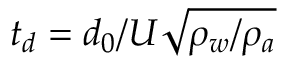
t _ { d } = d _ { 0 } / U \sqrt { \rho _ { w } / \rho _ { a } }